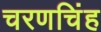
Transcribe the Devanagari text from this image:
चरणचिंह